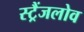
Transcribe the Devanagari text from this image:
स्ट्रैंजलोव